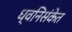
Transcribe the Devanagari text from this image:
ध्वनिसंकेत